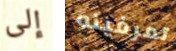
إلى تعرفينه